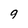
Character: 9